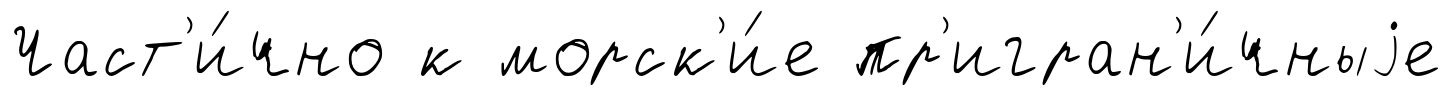
Част'и́чно к морск'и́е пр'игран'и́чныjе